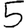
Digit: 5